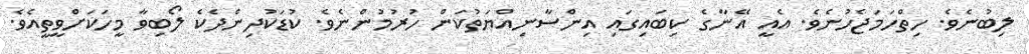
ލިބުނެވެ. ހިތްހަމަޖެހުނެވެ. އެއީ އޭނާގެ ކިބައިގައި އިންސާނިއްޔަތުކަން ހުރުމުންނެވެ. ކުޑަކުދިންދެކެ ލޯބިވާ މީހަކަށްވީތީއެވެ.